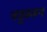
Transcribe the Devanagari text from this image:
चत्रुक्कन